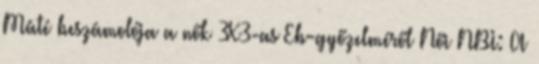
Máté beszámolója a nők 3X3-as Eb-győzelméről Női NBI: A